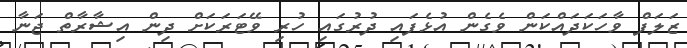
ޒަލަފް ވާހަކަދައްކަން ވެގެން އުޅެފައި ދުރުގައި ހުރި ވޭޓަރަކަށް ދިން އިޝާރާތް ޖަނާ